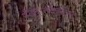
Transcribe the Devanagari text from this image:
स्वतःतर्कसंगत